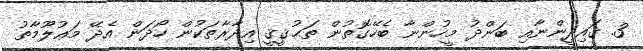
3. ޤައިދީންނާއި ބަންދު މީހުންނާ ބެހޭގޮތުން ތަޙުޤީޤީ އިދާރާތަކުން ހޯދަން އެދޭ މަޢުލޫމާތު